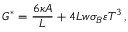
G ^ { * } = \frac { 6 \kappa { A } } { L } + 4 L w \sigma _ { B } \varepsilon T ^ { 3 } \, ,